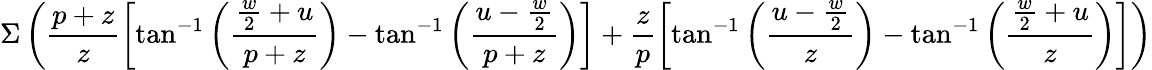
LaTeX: \Sigma\left(\frac{p+z}{z}\left[\tan^{-1}\left(\frac{\frac{w}{2}+u}{p+z}\right)-\tan^{-1}\left(\frac{u-\frac{w}{2}}{p+z}\right)\right]+\frac{z}{p}\left[\tan^{-1}\left(\frac{u-\frac{w}{2}}{z}\right)-\tan^{-1}\left(\frac{\frac{w}{2}+u}{z}\right)\right]\right)